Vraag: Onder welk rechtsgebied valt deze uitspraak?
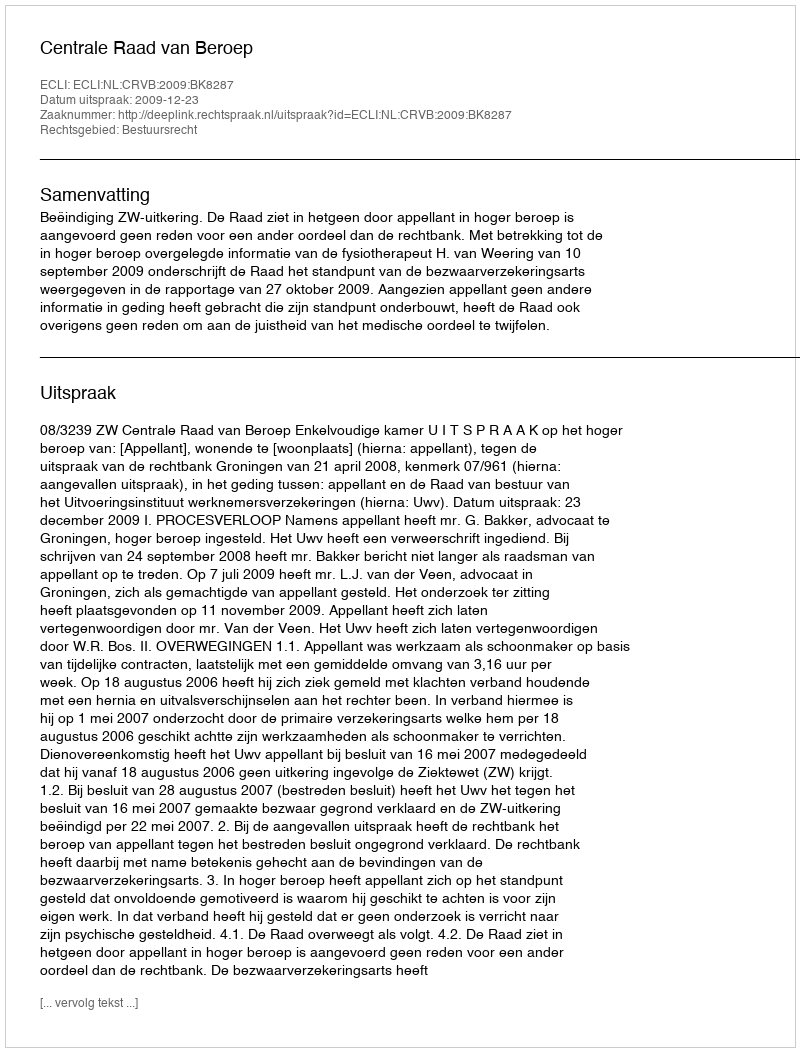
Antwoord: Bestuursrecht